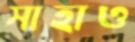
সাহাও